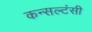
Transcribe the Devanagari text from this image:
कन्सल्टंसी